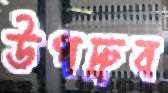
উপদ্রুব